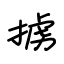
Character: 掳